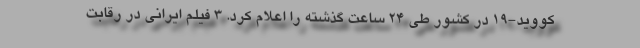
کووید-۱۹ در کشور طی ۲۴ ساعت گذشته را اعلام کرد. 3 فیلم ایرانی در رقابت